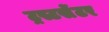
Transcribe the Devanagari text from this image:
ट्रस्टसेंटर